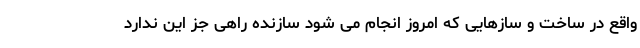
واقع در ساخت و سازهایی که امروز انجام می شود سازنده راهی جز این ندارد